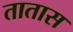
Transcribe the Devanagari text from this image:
तातास